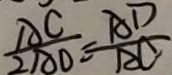
\frac { A C } { 2 A D } = \frac { A D } { A C }